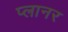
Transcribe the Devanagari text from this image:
प्‍लानर